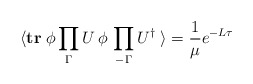
\begin{align*}\langle {\rm \bf tr} \; \phi\prod_{\Gamma} U \,\phi \, \prod_{-\Gamma}U^\dagger \; \rangle = {1\over \mu}e^{-L\tau}\end{align*}